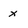
Character: x